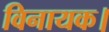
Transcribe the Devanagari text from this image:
विनायक।